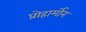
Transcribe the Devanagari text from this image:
प्रोहार्मोन